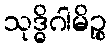
သုဒ္ဓိဂါမိဉ္စ